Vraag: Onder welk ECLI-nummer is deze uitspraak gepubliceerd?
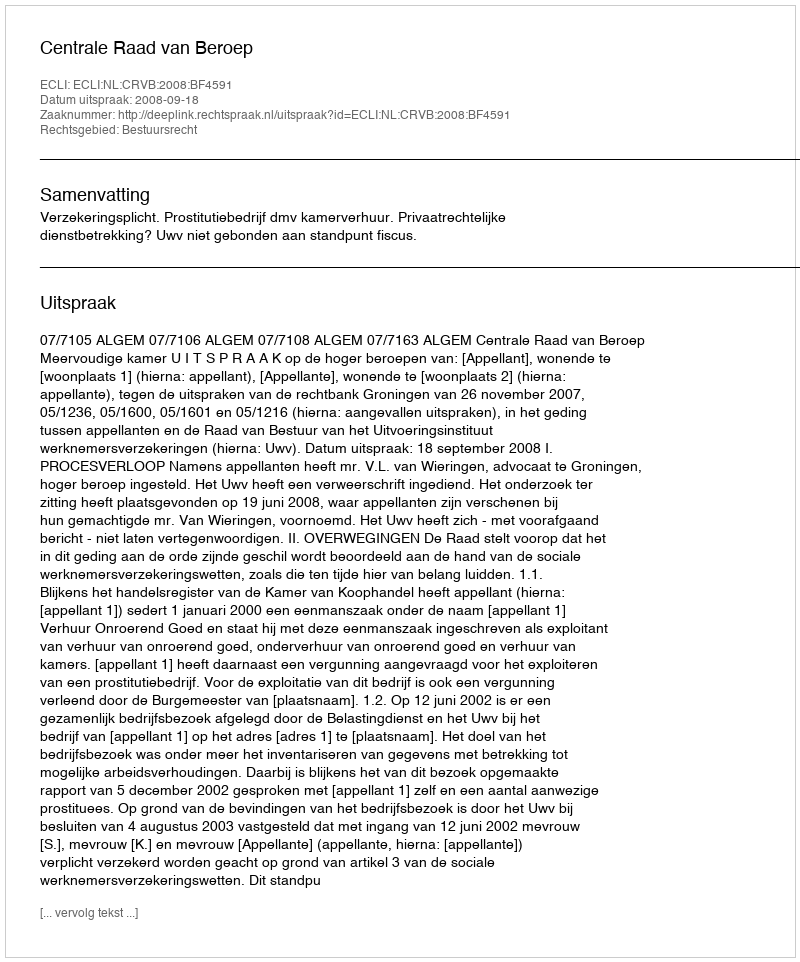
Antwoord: ECLI:NL:CRVB:2008:BF4591